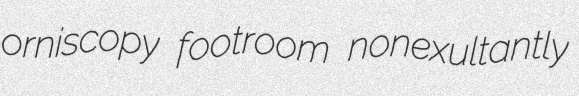
orniscopy footroom nonexultantly